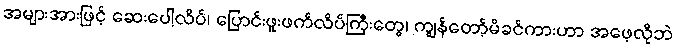
အများအားဖြင့် ဆေးပေါ့လိပ်၊ ပြောင်းဖူးဖက်လိပ်ကြီးတွေ၊ ကျွန်တော့်မိခင်ကားဟာ အဖေ့လိုဘဲ